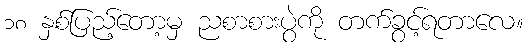
၁၈ နှစ်ပြည့်တော့မှ ညစာစားပွဲကို တက်ခွင့်ရတာလေ။